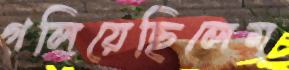
গলিয়েছিলেম